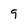
Character: 9